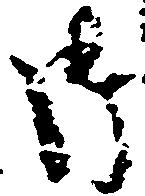
御